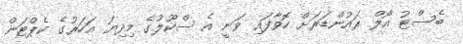
ބެސްޓު އޯލް ރައުންޑަރަށް ހޮވާފައި ވަނީ އެ ސްކޫލުގެ މިދިޔަ އަހަރުގެ ކެޕްޓަން